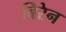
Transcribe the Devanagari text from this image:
बिरेन